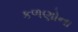
કળણોના